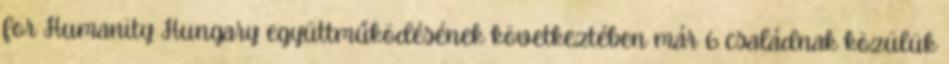
for Humanity Hungary együttműködésének következtében már 6 családnak közülük